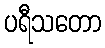
ပရီသတော